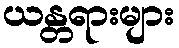
ယန္တရားများ